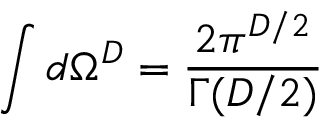
\int d \Omega ^ { D } = \frac { 2 \pi ^ { D / 2 } } { \Gamma ( D / 2 ) }